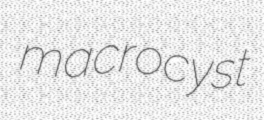
macrocyst